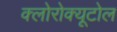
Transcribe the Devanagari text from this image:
क्लोरोक्यूटोल